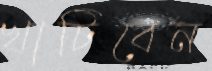
খাটিবেন